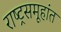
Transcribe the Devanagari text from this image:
राष्ट्रसमूहांत